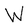
Character: W